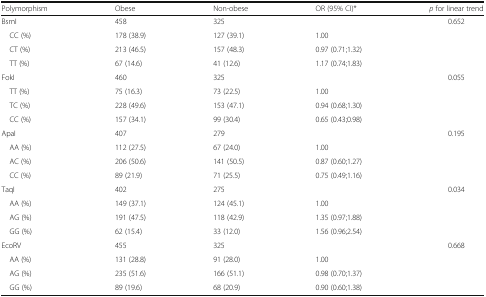
<table><thead><tr><td><b>Polymorphism</b></td><td><b>Obese</b></td><td><b>Non-obese</b></td><td><b>OR (95% CI)*</b></td><td><b><i>p</i> for linear trend</b></td></tr></thead><tbody><tr><td>BsmI</td><td>458</td><td>325</td><td></td><td rowspan="4">0.652</td></tr><tr><td> CC (%)</td><td>178 (38.9)</td><td>127 (39.1)</td><td>1.00</td></tr><tr><td> CT (%)</td><td>213 (46.5)</td><td>157 (48.3)</td><td>0.97 (0.71;1.32)</td></tr><tr><td> TT (%)</td><td>67 (14.6)</td><td>41 (12.6)</td><td>1.17 (0.74;1.83)</td></tr><tr><td>FokI</td><td>460</td><td>325</td><td></td><td rowspan="4">0.055</td></tr><tr><td> TT (%)</td><td>75 (16.3)</td><td>73 (22.5)</td><td>1.00</td></tr><tr><td> TC (%)</td><td>228 (49.6)</td><td>153 (47.1)</td><td>0.94 (0.68;1.30)</td></tr><tr><td> CC (%)</td><td>157 (34.1)</td><td>99 (30.4)</td><td>0.65 (0.43;0.98)</td></tr><tr><td>ApaI</td><td>407</td><td>279</td><td></td><td rowspan="4">0.195</td></tr><tr><td> AA (%)</td><td>112 (27.5)</td><td>67 (24.0)</td><td>1.00</td></tr><tr><td> AC (%)</td><td>206 (50.6)</td><td>141 (50.5)</td><td>0.87 (0.60;1.27)</td></tr><tr><td> CC (%)</td><td>89 (21.9)</td><td>71 (25.5)</td><td>0.75 (0.49;1.16)</td></tr><tr><td>TaqI</td><td>402</td><td>275</td><td></td><td rowspan="4">0.034</td></tr><tr><td> AA (%)</td><td>149 (37.1)</td><td>124 (45.1)</td><td>1.00</td></tr><tr><td> AG (%)</td><td>191 (47.5)</td><td>118 (42.9)</td><td>1.35 (0.97;1.88)</td></tr><tr><td> GG (%)</td><td>62 (15.4)</td><td>33 (12.0)</td><td>1.56 (0.96;2.54)</td></tr><tr><td>EcoRV</td><td>455</td><td>325</td><td></td><td rowspan="4">0.668</td></tr><tr><td> AA (%)</td><td>131 (28.8)</td><td>91 (28.0)</td><td>1.00</td></tr><tr><td> AG (%)</td><td>235 (51.6)</td><td>166 (51.1)</td><td>0.98 (0.70;1.37)</td></tr><tr><td> GG (%)</td><td>89 (19.6)</td><td>68 (20.9)</td><td>0.90 (0.60;1.38)</td></tr></tbody></table>